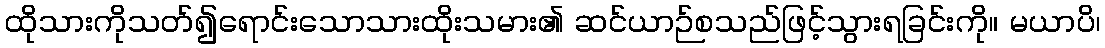
ထိုသားကိုသတ်၍ရောင်းသောသားထိုးသမား၏ ဆင်ယာဉ်စသည်ဖြင့်သွားရခြင်းကို။ မယာပိ၊